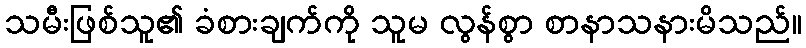
သမီးဖြစ်သူ၏ ခံစားချက်ကို သူမ လွန်စွာ စာနာသနားမိသည်။